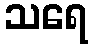
သရေ